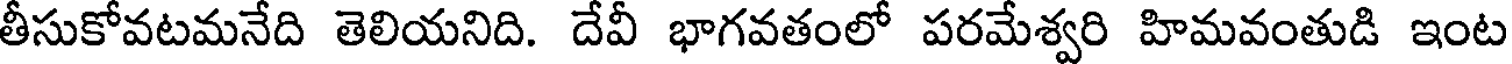
తీసుకోవటమనేది తెలియనిది. దేవీ భాగవతంలో పరమేశ్వరి హిమవంతుడి ఇంట